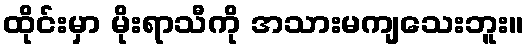
ထိုင်းမှာ မိုးရာသီကို အသားမကျသေးဘူး။